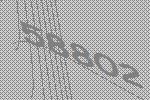
58802